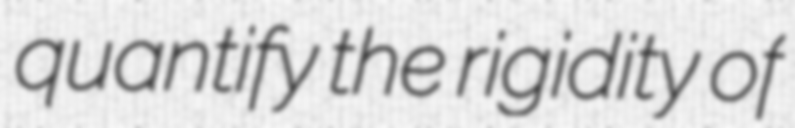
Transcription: quantify the rigidity of